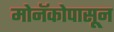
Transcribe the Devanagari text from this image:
मोनॅकोपासून